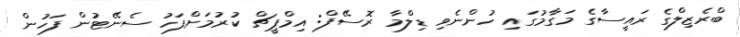
ބްރެޒިލްގެ ރައީސާގެ މަގާމުގައި ހުންނެވި ޑިލްމާ ރޮސޭފް: އިމްޕީޗް ކުރުމަށްފަހު ސެނޭޓުން ފަހުން